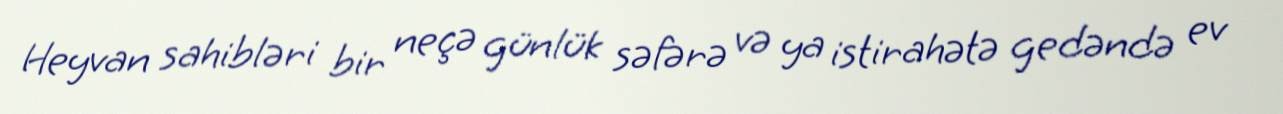
Heyvan sahibləri bir neçə günlük səfərə və ya istirahətə gedəndə ev